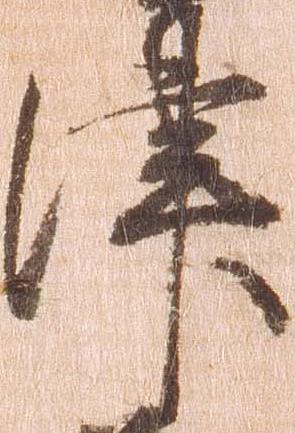
津